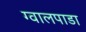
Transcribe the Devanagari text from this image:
ग्वालपाडा